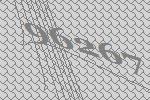
96267